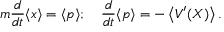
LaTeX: m { \frac { d } { d t } } \langle x \rangle = \langle p \rangle ; \quad { \frac { d } { d t } } \langle p \rangle = - \left\langle V ^ { \prime } ( X ) \right\rangle .